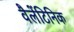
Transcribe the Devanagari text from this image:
वैलेंटिनिक